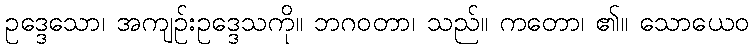
ဥဒ္ဒေသော၊ အကျဉ်းဥဒ္ဒေသကို။ ဘဂဝတာ၊ သည်။ ကတော၊ ၏။ သောယေဝ